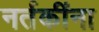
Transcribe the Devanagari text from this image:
नर्तकींना